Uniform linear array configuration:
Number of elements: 8
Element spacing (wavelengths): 1
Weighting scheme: kaiser
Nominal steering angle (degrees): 30
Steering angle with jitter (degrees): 29.94
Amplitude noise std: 0.05
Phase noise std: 0.05

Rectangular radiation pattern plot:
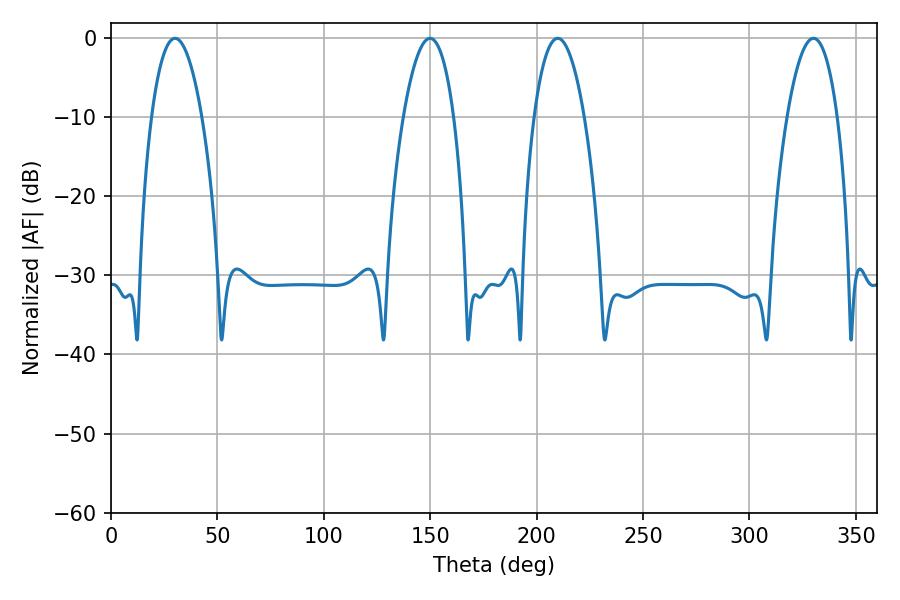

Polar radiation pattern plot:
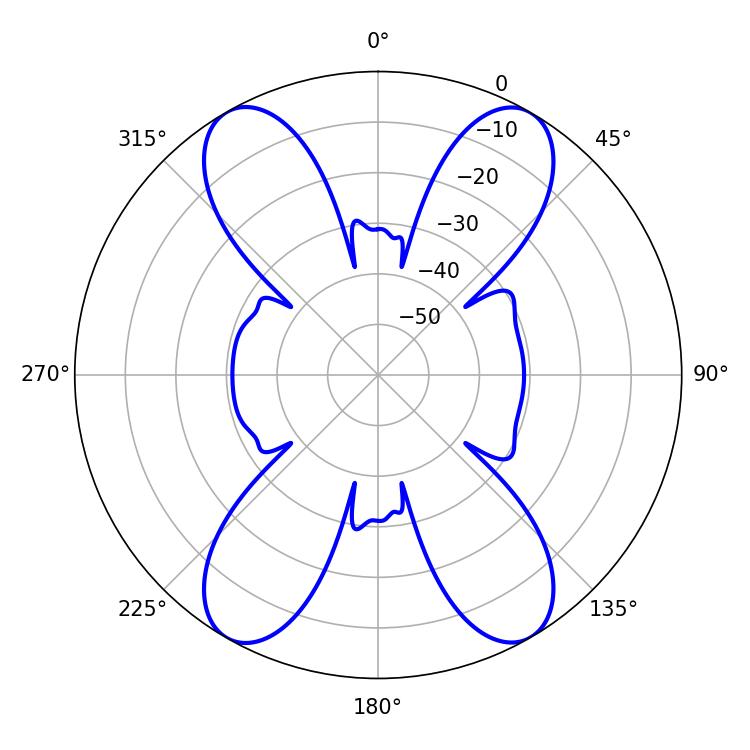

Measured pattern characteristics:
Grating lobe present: TRUE
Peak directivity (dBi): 28.914
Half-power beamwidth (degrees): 13.14
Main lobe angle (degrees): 209.88